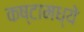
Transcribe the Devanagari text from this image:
कष्टामध्ये